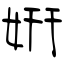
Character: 姸